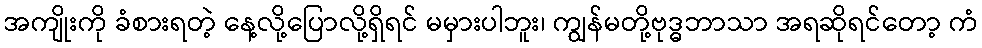
အကျိုးကို ခံစားရတဲ့ နေ့လို့ပြောလို့ရှိရင် မမှားပါဘူး၊ ကျွန်မတို့ဗုဒ္ဓဘာသာ အရဆိုရင်တော့ ကံ